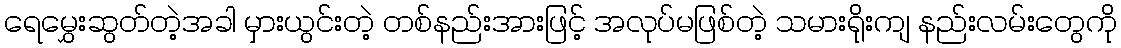
ရေမွှေးဆွတ်တဲ့အခါ မှားယွင်းတဲ့ တစ်နည်းအားဖြင့် အလုပ်မဖြစ်တဲ့ သမားရိုးကျ နည်းလမ်းတွေကို